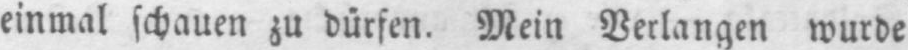
einmal schauen zu dürfen. Mein Verlangen wurde